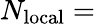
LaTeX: N_{\mathrm{local}}=